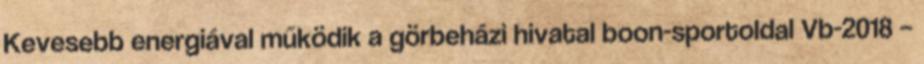
Kevesebb energiával működik a görbeházi hivatal boon-sportoldal Vb-2018 –